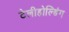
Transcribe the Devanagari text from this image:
टेलीहोल्डिंग